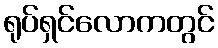
ရုပ်ရှင်လောကတွင်